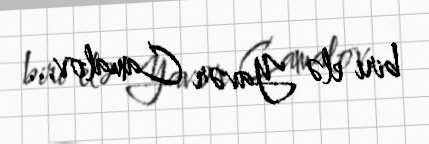
biri elə Yavər Camalov...